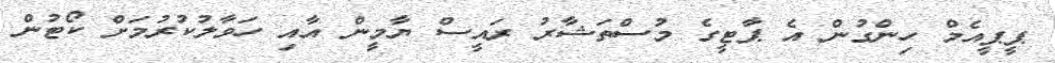
ޕީޕީއެމް ހިންގުން އެ ޕާޓީގެ މުސްތަޝާރު ރައީސް ޔާމީން އާއި ހަވާލުކުރުމަށް ކޯޓުން